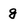
Character: g